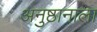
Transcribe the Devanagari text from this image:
अनुष्ठानाला